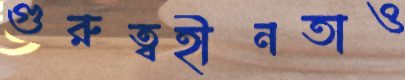
গুরুত্বহীনতাও